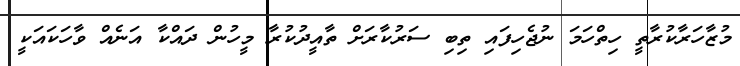
މުޒާހަރާކުރާތީ ހިތްހަމަ ނުޖެހިފައި ތިބި ސަރުކާރަށް ތާއީދުކުރާ މީހުން ދައްކާ އަނެއް ވާހަކައަކީ